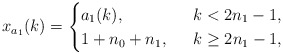
\begin{align*}x_{a_1}(k)=\begin{cases} a_1(k), \ & \ k< 2n_1-1,\\1+n_0+n_1, \ & \ k\ge 2n_1-1,\end{cases}\end{align*}